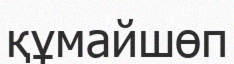
құмайшөп